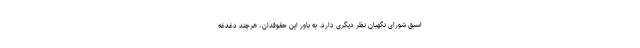
اسبق شورای نگهبان نظر دیگری دارد. به باور این حقوقدان، هرچند دغدغه